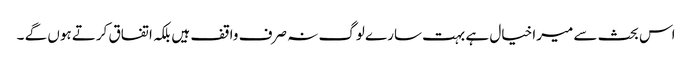
اس بحث سے میرا خیال ہے بہت سارے لوگ نہ صرف واقف ہیں بلکہ اتفاق کرتے ہوں گے ۔